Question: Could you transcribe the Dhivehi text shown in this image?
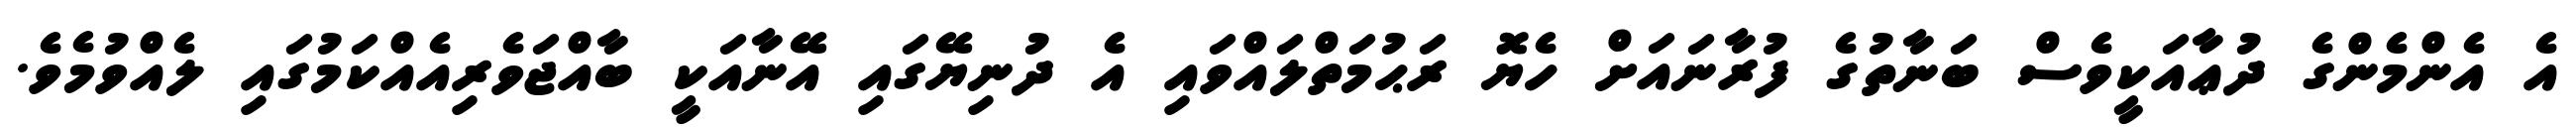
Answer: އެ އެންމެންގެ ދުޢާއަކީވެސް ބަނާތުގެ ފުރާނައަށް ހެޔޮ ރަޙުމަތްލައްވައި އެ ދުނިޔޭގައި އޭނާއަކީ ބާއްޖަވެރިއެއްކަމުގައި ލެއްވުމެވެ.